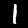
Label: 1